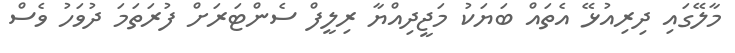
މާލޭގައި ދިރިއުޅޭ އެތައް ބަޔަކު މަޖީދިއްޔާ ރިލީފް ސެންޓަރަށް ފުރަތަމަ ދުވަހު ވެސް